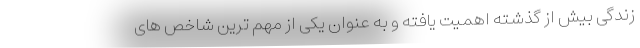
زندگی بیش از گذشته اهمیت یافته و به عنوان یکی از مهم ترین شاخص های